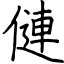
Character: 僆